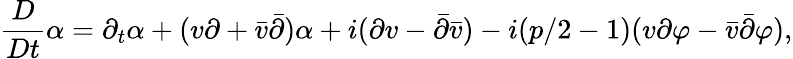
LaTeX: \frac{D}{Dt}\alpha=\partial_{t}\alpha+(v\partial+\bar{v}\bar{\partial})\alpha+i(\partial v-\bar{\partial}\bar{v})-i(p/2-1)(v\partial\varphi-\bar{v}\bar{\partial}\varphi),